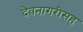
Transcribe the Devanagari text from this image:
देवनागरीसह